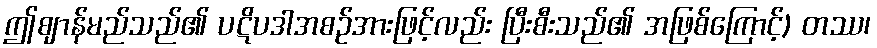
ဤဈာန်မည်သည်၏ ပဋိပဒါအစဉ်အားဖြင့်လည်း ပြီးစီးသည်၏ အဖြစ်ကြောင့်) တဿ၊